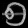
Digit: ၅